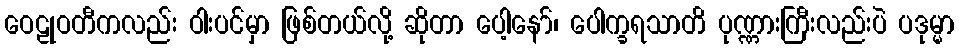
ဝေဠုဝတီကလည်း ဝါးပင်မှာ ဖြစ်တယ်လို့ ဆိုတာ ပေါ့နော်၊ ပေါက္ခရသာတိ ပုဏ္ဏားကြီးလည်းပဲ ပဒုမ္မာ